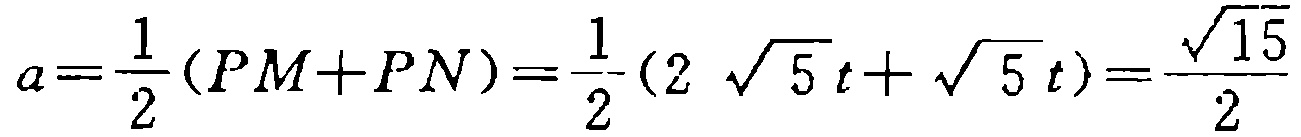
\(a=\frac{1}{2}(PM + PN)=\frac{1}{2}(2\sqrt{5}t+\sqrt{5}t)=\frac{\sqrt{15}}{2}\)